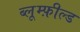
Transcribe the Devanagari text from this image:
ब्लूम्फ़ील्ड